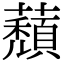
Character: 蘈